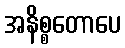
အနိစ္စတောပေ